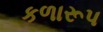
કળારૂપ